画像に写った文字を読んでください
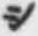
「シ」と書いてあります